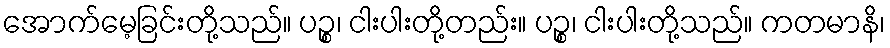
အောက်မေ့ခြင်းတို့သည်။ ပဉ္စ၊ ငါးပါးတို့တည်း။ ပဉ္စ၊ ငါးပါးတို့သည်။ ကတမာနိ၊